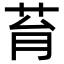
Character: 𦮌